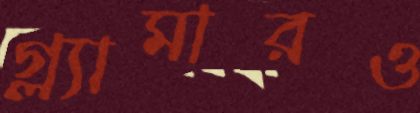
গ্ল্যামারও